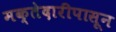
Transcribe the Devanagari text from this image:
मक्तेदारीपासून